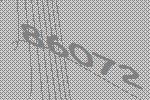
86072